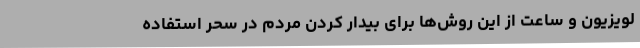
لویزیون و ساعت از این روش‌ها برای بیدار کردن مردم در سحر استفاده